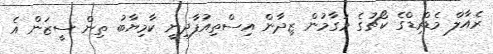
ރެއާލް މެޑްރިޑްގެ ކޯޗުގެ މަގާމުން ޒިދާން އިސްތިއުފާދިނީ ކާމިޔާބު ތިން ސީޒަން އެ